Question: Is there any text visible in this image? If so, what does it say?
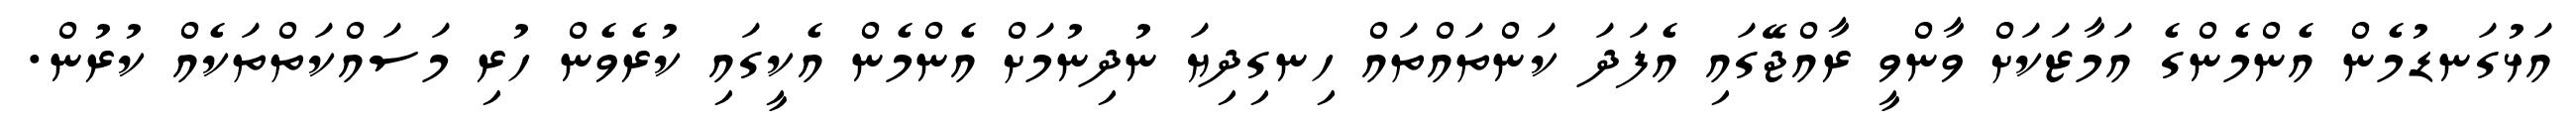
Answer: އަޅުގަނޑުމެން އެންމެންގެ އަމާޒަކަށް ވާންވީ ރާއްޖޭގައި އެފަދަ ކަންތައްތައް ހިނގިދިޔަ ނުދިނުމަށް އެންމެން އެކީގައި ކުރެވެން ހުރި މަސައްކަތްތަކެއް ކުރުން.